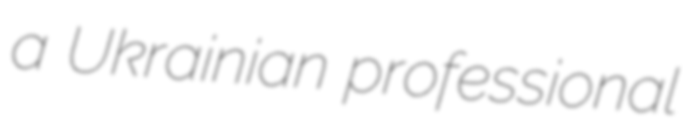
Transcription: a Ukrainian professional